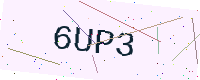
Text: 6UP3